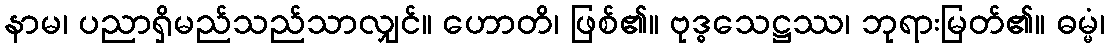
နာမ၊ ပညာရှိမည်သည်သာလျှင်။ ဟောတိ၊ ဖြစ်၏။ ဗုဒ္ဓသေဋ္ဌဿ၊ ဘုရားမြတ်၏။ ဓမ္မံ၊